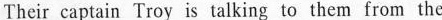
Their captain Troy is talking to them from the